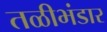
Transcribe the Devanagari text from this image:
तळीभंडार